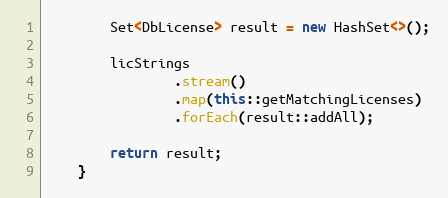
Language: Java
        Set<DbLicense> result = new HashSet<>();

        licStrings
                .stream()
                .map(this::getMatchingLicenses)
                .forEach(result::addAll);

        return result;
    }